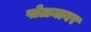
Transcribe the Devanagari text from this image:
पोळ्यावर